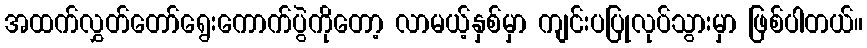
အထက်လွှတ်တော်ရွေးကောက်ပွဲကိုတော့ လာမယ့်နှစ်မှာ ကျင်းပပြုလုပ်သွားမှာ ဖြစ်ပါတယ်။